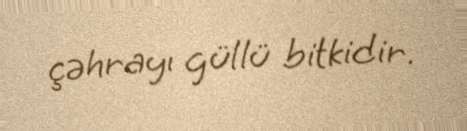
çəhrayı güllü bitkidir.